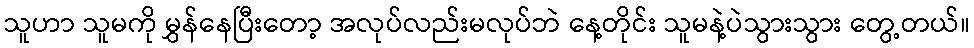
သူဟာ သူမကို မွှန်နေပြီးတော့ အလုပ်လည်းမလုပ်ဘဲ နေ့တိုင်း သူမနဲ့ပဲသွားသွား တွေ့တယ်။